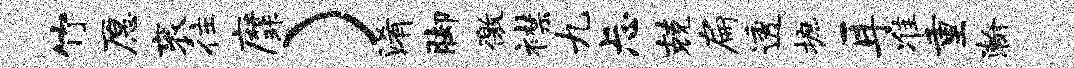
竹愿衮往縻）淆脚徼襟九忐兢扁透摭耳准重瀚